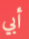
أبي